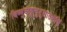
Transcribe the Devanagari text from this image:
विष्णुकंड्डचुटुसातकर्णि